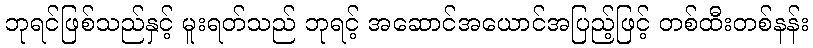
ဘုရင်ဖြစ်သည်နှင့် မူးရတ်သည် ဘုရင့် အဆောင်အယောင်အပြည့်ဖြင့် တစ်ထီးတစ်နန်း